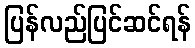
ပြန်လည်ပြင်ဆင်ရန်